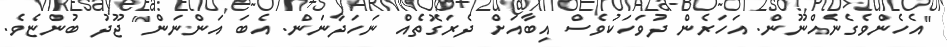
"އެހެންވެގެނެއްނޫން. އަހަރެން ދުވަހަކުވެސް އިބާއަށް ދެރަގޮތެއް ނަހަދާނަން. އެބަ އަންނަން" ޖޫދު ބުންޏެވެ.